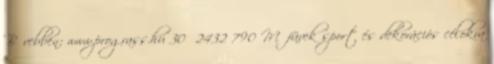
Bővebben: www.prograss.hu 30 2432 790 Műfüvek sport és dekorációs célokra